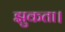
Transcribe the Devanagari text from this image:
झुकता।